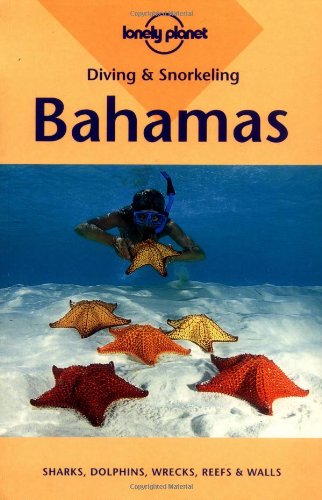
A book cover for Lonely Planet Diving & Snorkeling Bahamas (Diving and Snorkeling Guides); Michael Lawrence; Travel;